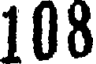
108